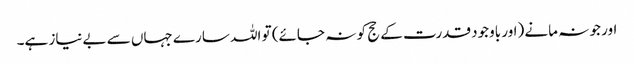
اور جو نہ مانے (اور باوجود قدرت کے حج کو نہ جائے) تو اللہ سارے جہاں سے بےنیاز ہے۔